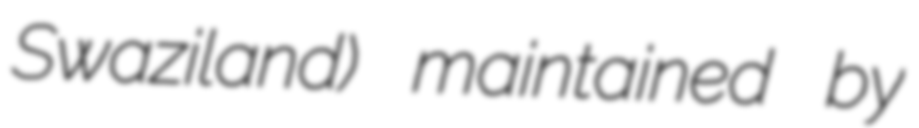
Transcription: Swaziland) maintained by